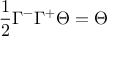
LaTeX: \frac { 1 } { 2 } \Gamma ^ { - } \Gamma ^ { + } \Theta = \Theta